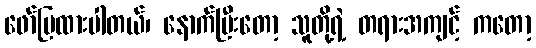
ဖော်ပြထားပါတယ်၊ နောက်ပြီးတော့ သူတို့ရဲ့ တရားအကျင့် ကတော့